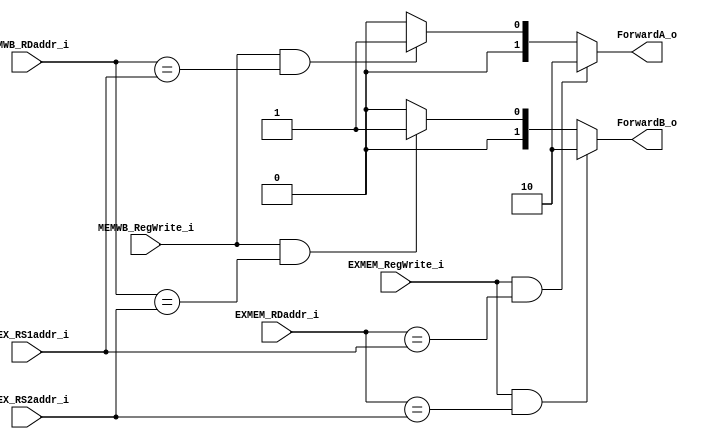
module Forwarding_Unit (
    IDEX_RS1addr_i, IDEX_RS2addr_i,
    EXMEM_RDaddr_i, MEMWB_RDaddr_i,
    EXMEM_RegWrite_i, MEMWB_RegWrite_i,
    ForwardA_o, ForwardB_o
);

input       [4:0]   IDEX_RS1addr_i,   IDEX_RS2addr_i;
input       [4:0]   EXMEM_RDaddr_i,   MEMWB_RDaddr_i;
input               EXMEM_RegWrite_i, MEMWB_RegWrite_i; 
output  reg [1:0]   ForwardA_o, ForwardB_o;

always @( * ) begin
    // Forward A
    ForwardA_o = 2'b00;     // default no hazard
    if      ( EXMEM_RegWrite_i  && ( EXMEM_RDaddr_i == IDEX_RS1addr_i ) )
        ForwardA_o = 2'b10; // EX hazard of rs1
    else if ( MEMWB_RegWrite_i  && ( MEMWB_RDaddr_i == IDEX_RS1addr_i ) )
        ForwardA_o = 2'b01; // MEM hazard of rs1

    // Forward B
    ForwardB_o = 2'b00;     // default no hazard
    if      ( EXMEM_RegWrite_i  && ( EXMEM_RDaddr_i == IDEX_RS2addr_i ) )
        ForwardB_o = 2'b10; // EX hazard of rs2
    else if ( MEMWB_RegWrite_i  && ( MEMWB_RDaddr_i == IDEX_RS2addr_i ) )
        ForwardB_o = 2'b01; // MEM hazard of rs2
end

endmodule